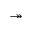
\twoheadrightarrow